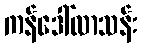
ကန်ဒေါ်လာသန်း